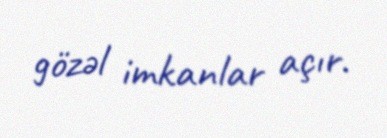
gözəl imkanlar açır.